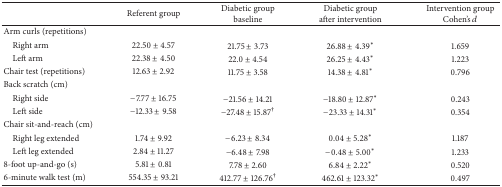
<table><thead><tr><td><b> </b></td><td><b>Referent group</b></td><td><b>Diabetic group baseline</b></td><td><b>Diabetic group after intervention</b></td><td><b>Intervention groupCohen&#x27;s <i>d</i></b></td></tr></thead><tbody><tr><td>Arm curls (repetitions)</td><td> </td><td> </td><td> </td><td> </td></tr><tr><td> Right arm</td><td>22.50 ± 4.57</td><td>21.75 ± 3.73</td><td>26.88 ± 4.39<sup><i>∗</i></sup></td><td>1.659</td></tr><tr><td> Left arm</td><td>22.38 ± 4.50</td><td>22.0 ± 4.54</td><td>26.25 ± 4.43<sup><i>∗</i></sup></td><td>1.223</td></tr><tr><td>Chair test (repetitions)</td><td>12.63 ± 2.92</td><td>11.75 ± 3.58</td><td>14.38 ± 4.81<sup><i>∗</i></sup></td><td>0.796</td></tr><tr><td>Back scratch (cm)</td><td> </td><td> </td><td> </td><td> </td></tr><tr><td> Right side</td><td>−7.77 ± 16.75</td><td>−21.56 ± 14.21</td><td>−18.80 ± 12.87<sup><i>∗</i></sup></td><td>0.243</td></tr><tr><td> Left side</td><td>−12.33 ± 9.58</td><td>−27.48 ± 15.87<sup>†</sup></td><td>−23.33 ± 14.31<sup><i>∗</i></sup></td><td>0.354</td></tr><tr><td>Chair sit-and-reach (cm)</td><td> </td><td> </td><td> </td><td> </td></tr><tr><td> Right leg extended</td><td>1.74 ± 9.92</td><td>−6.23 ± 8.34</td><td>0.04 ± 5.28<sup><i>∗</i></sup></td><td>1.187</td></tr><tr><td> Left leg extended</td><td>2.84 ± 11.27</td><td>−6.48 ± 7.98</td><td>−0.48 ± 5.00<sup><i>∗</i></sup></td><td>1.233</td></tr><tr><td>8-foot up-and-go (s)</td><td>5.81 ± 0.81</td><td>7.78 ± 2.60</td><td>6.84 ± 2.22<sup><i>∗</i></sup></td><td>0.520</td></tr><tr><td>6-minute walk test (m)</td><td>554.35 ± 93.21</td><td>412.77 ± 126.76<sup>†</sup></td><td>462.61 ± 123.32<sup><i>∗</i></sup></td><td>0.497</td></tr></tbody></table>